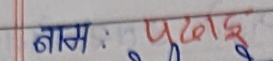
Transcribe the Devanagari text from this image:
नाम : पुडासैनी